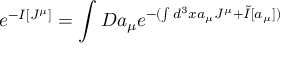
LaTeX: e ^ { - I [ J ^ { \mu } ] } = \int D a _ { \mu } e ^ { - ( \int d ^ { 3 } x a _ { \mu } J ^ { \mu } + \tilde { I } [ a _ { \mu } ] ) }